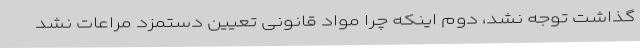
گذاشت توجه نشد، دوم اینکه چرا مواد قانونی تعیین دستمزد مراعات نشد